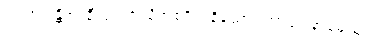
သလိလန္တိအာဒီသု၊ ဤသို့အစရှိကုနိသော။ အာပေါနာမေသု၊